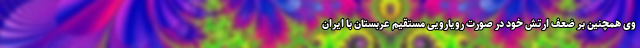
وی همچنین بر ضعف ارتش خود در صورت رویارویی مستقیم عربستان با ایران